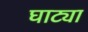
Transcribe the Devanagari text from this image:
घाट्या